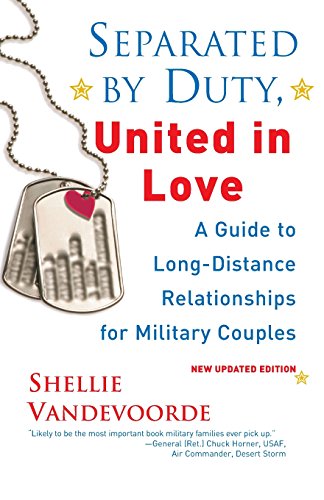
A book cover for Separated By Duty, United In Love (revised): Guide to Long Distance Relationships for Military Couples (Updated); Shellie Vandevoorde; Parenting & Relationships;